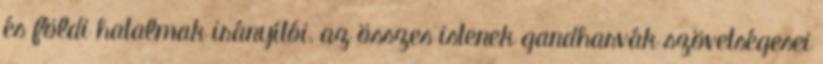
és földi hatalmak irányítói, az összes istenek gandharvák szövetségesei